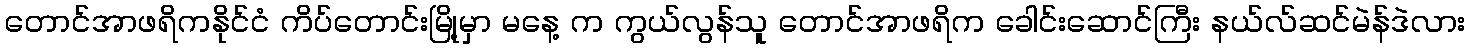
တောင်အာဖရိကနိုင်ငံ ကိပ်တောင်းမြို့မှာ မနေ့ က ကွယ်လွန်သူ တောင်အာဖရိက ခေါင်းဆောင်ကြီး နယ်လ်ဆင်မဲန်ဒဲလား